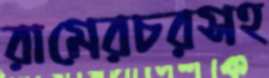
রামেরচরসহ